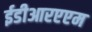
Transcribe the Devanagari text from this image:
ईडीआरएएम